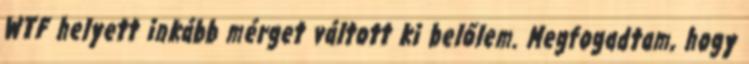
WTF helyett inkább mérget váltott ki belőlem. Megfogadtam, hogy